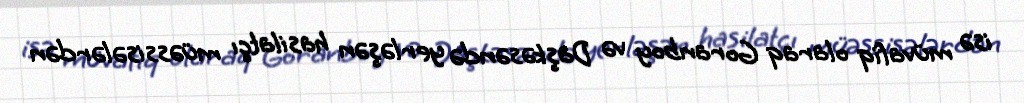
isə müvafiq olaraq Goranboy və Daşkəsəndə yerləşən hasilatçı müəssisələrdən